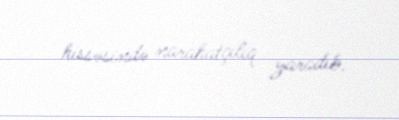
hissəsində narahatçılıq yaradıb.